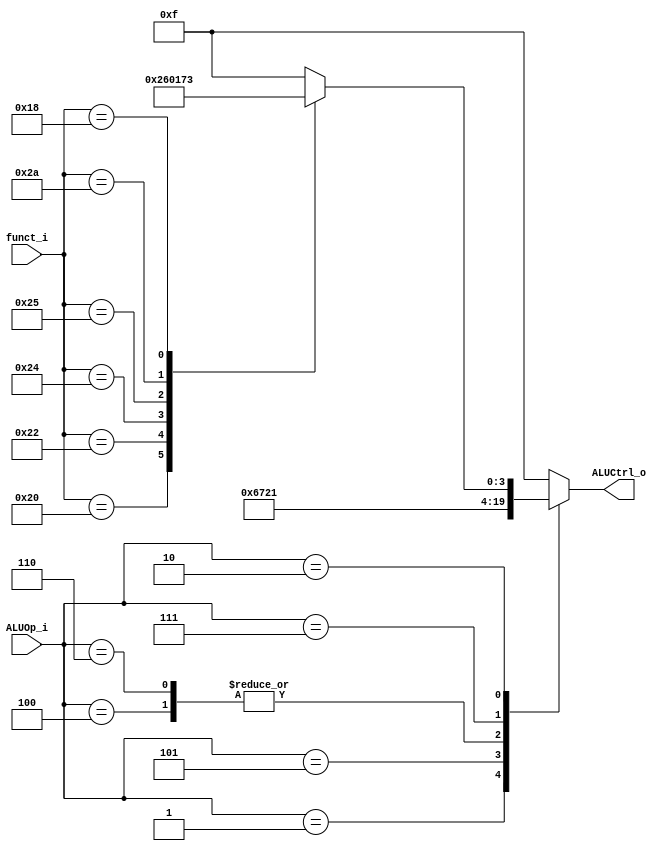
`timescale 1ns / 1ps
//////////////////////////////////////////////////////////////////////////////////
// Company: 
// Engineer: 
// 
// Design Name: 
// Module Name:    ALU_Ctrl 
// Project Name: 
// Target Devices: 
// Tool versions: 
// Description: 
//
// Dependencies: 
//
// Revision: 
// Revision 0.01 - File Created
// Additional Comments: 
//
//////////////////////////////////////////////////////////////////////////////////
module ALU_Ctrl(
		  funct_i,
        ALUOp_i,
        ALUCtrl_o
          );
          //decoder the the circuit core
          
//I/O ports 
			input  [6-1:0] funct_i;
			input  [3-1:0] ALUOp_i;
			output [4-1:0] ALUCtrl_o;    
     
//Internal Signals
			reg   [4-1:0] ALUCtrl_o;

//Parameter
			//ALU-CONTROL OP IN 
			parameter  R_type   = 3'b010;
			parameter  BEQ      = 3'b001;
			parameter  ADDi     = 3'b100;
			parameter  SLTi     = 3'b101;
			parameter  LUI      = 3'b110;
			parameter  ORi      = 3'b111;
			parameter  BNE      = 3'b001;
			//FUNCTION IN
			parameter  ADD      = 6'b100000;
			parameter  SUB      = 6'b100010;
			parameter  AND      = 6'b100100;
			parameter  OR       = 6'b100101;
			parameter  SLT      = 6'b101010;
			parameter  MUL      = 6'b011000;
			//ALU-CONTROL OUT
			parameter  ALU_AND  = 4'b0000;
			parameter  ALU_OR   = 4'b0001;
			parameter  ALU_ADD  = 4'b0010;
			parameter  ALU_SUB  = 4'b0110;
			parameter  ALU_NOR  = 4'b1100;
			parameter  ALU_NAND = 4'b1101;
			parameter  ALU_SLT  = 4'b0111;
			parameter  ALU_MUL  = 4'b0011;
            //Select exact operation
			always @(funct_i, ALUOp_i) 
			begin
			//Check ALU op in
					 case (ALUOp_i)
							 BEQ:      ALUCtrl_o <= ALU_SUB;
							 ADDi:     ALUCtrl_o <= ALU_ADD;
							 SLTi:     ALUCtrl_o <= ALU_SLT;
							 LUI:      ALUCtrl_o <= ALU_ADD;
							 ORi:      ALUCtrl_o <= ALU_OR;
						    BNE:      ALUCtrl_o <= ALU_SUB;
							 R_type: begin
											case (funct_i)
													ADD:  ALUCtrl_o <= ALU_ADD;
													SUB:  ALUCtrl_o <= ALU_SUB;
													AND:  ALUCtrl_o <= ALU_AND;
													OR:   ALUCtrl_o <= ALU_OR;
													SLT:  ALUCtrl_o <= ALU_SLT;
													MUL:  ALUCtrl_o <= ALU_MUL;
													default: ALUCtrl_o <= 4'b1111;
											endcase
										end
							 default:  ALUCtrl_o <= 4'b1111;
					 endcase
			end
endmodule